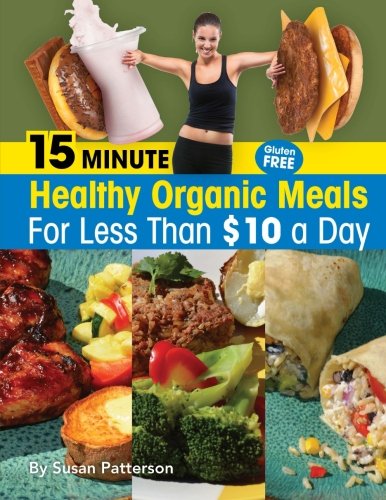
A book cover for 15 Minute Healthy, Organic Meals for Less Than $10 a Day; Susan Patterson; Cookbooks, Food & Wine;